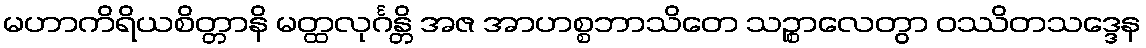
မဟာကိရိယစိတ္တာနိ မတ္ထလုင်္ဂန္တိ အဇ အာဟစ္စဘာသိတေ သဉ္စာလေတွာ ဝဿိတသဒ္ဒေန